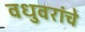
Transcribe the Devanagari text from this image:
वधुवरांचे